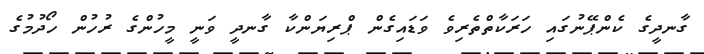
ގާނދީގެ ކެންޕޭނުގައި ހަރަކާތްތެރިވެ ވަޑައިގެން ޕްރިޔަންކާ ގާނދީ ވަނީ މީހުންގެ ރުހުން ހޯދުމުގެ